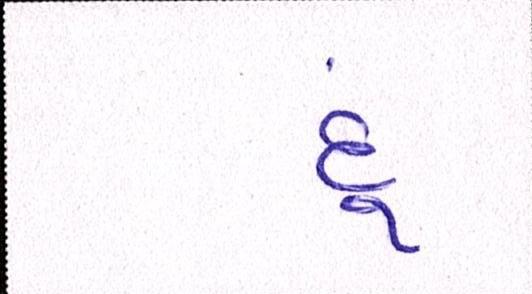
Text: દૂં